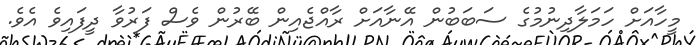
މީހާއަށް ހަމަލާދިނުމުގެ ސަބަބުން އޭނާއަށް ރާއްޖެއިން ބޭރުން ވެސް ފަރުވާ ދީފައިވެ އެވެ.